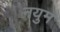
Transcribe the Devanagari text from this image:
नयुम